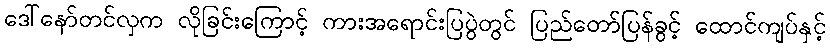
ဒေါ်နော်တင်လှက လိုခြင်းကြောင့် ကားအရောင်းပြပွဲတွင် ပြည်တော်ပြန်ခွင့် ထောင်ကျပ်နှင့်